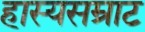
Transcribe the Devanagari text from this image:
हास्यसम्राट